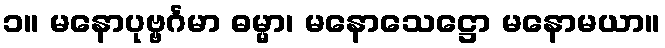
၁။ မနောပုဗ္ဗင်္ဂမာ ဓမ္မာ၊ မနောသေဋ္ဌော မနောမယာ။